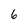
Character: 6